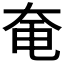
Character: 𪥍